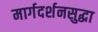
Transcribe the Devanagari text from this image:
मार्गदर्शनसुद्धा